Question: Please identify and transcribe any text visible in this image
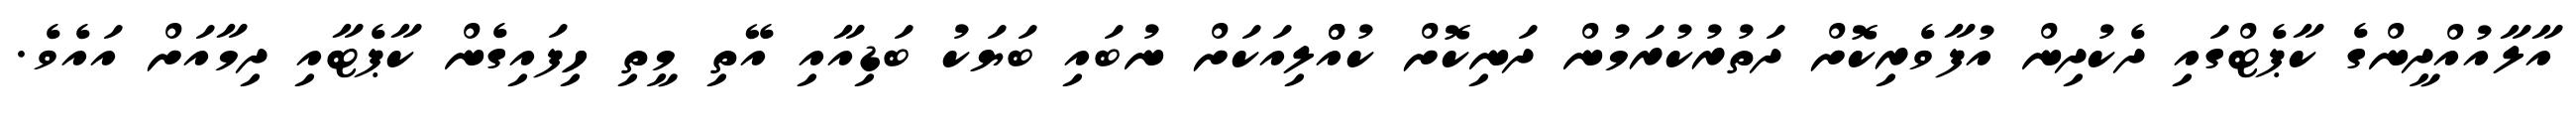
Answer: އާލާއުއްދީންގެ ކާޕެޓްގައި ދެކުދިން އުފާވެރިކޮށް ދަތުރުކުރަމުން ދަނިކޮށް ކުއްްލިއަކަށް ނުބައި ބަޔަކު ބަޑިއާއި އޭތި މީތި ހިފައިގެން ކާޕެޓާއި ދިމާއަށް އައެވެ.